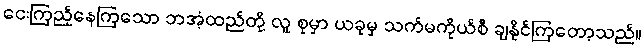
ငေးကြည့်နေကြသော ဘအံ့ထည်တို့ လူ စုမှာ ယခုမှ သက်မကိုယ်စီ ချနိုင်ကြတော့သည်။